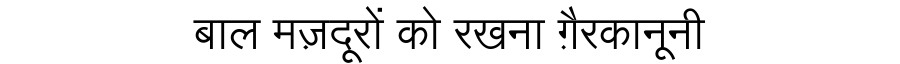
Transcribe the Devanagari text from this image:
बाल मज़दूरों को रखना ग़ैरकानूनी